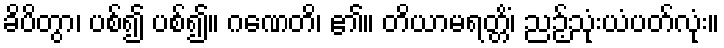
ခိပိတွာ၊ ပစ်၍ ပစ်၍။ ဂဏေတိ၊ ၏။ တိယာမရတ္တိံ၊ ညဉ့်သုံးယံပတ်လုံး။